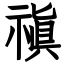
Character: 禛